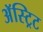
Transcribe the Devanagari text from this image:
अॅस्ट्रिट